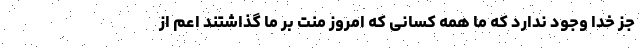
جز خدا وجود ندارد که ما همه کسانی که امروز منت بر ما گذاشتند اعم از